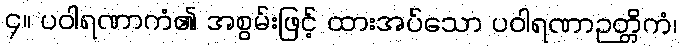
၄။ ပဝါရဏာကံ၏ အစွမ်းဖြင့် ထားအပ်သော ပဝါရဏာဉတ္တိကံ၊